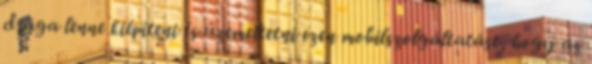
drága lenne kiépíteni és üzemeltetni ezen mobilszolgáltatást, hogy az